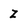
Character: Z